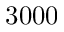
3 0 0 0